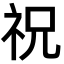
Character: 祝